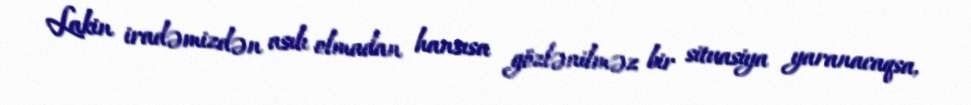
Lakin iradəmizdən asılı olmadan hansısa gözlənilməz bir situasiya yaranacaqsa,